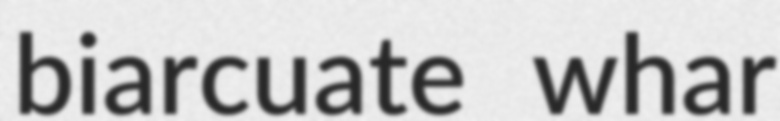
biarcuate whar